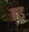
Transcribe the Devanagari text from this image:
ग्राड